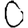
Digit: 0